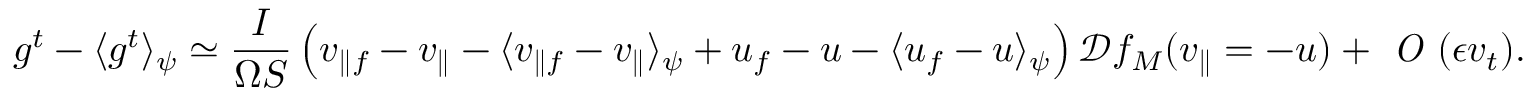
g ^ { t } - \langle g ^ { t } \rangle _ { \psi } \simeq \frac { I } { \Omega S } \left( v _ { \parallel f } - v _ { \parallel } - \langle v _ { \parallel f } - v _ { \parallel } \rangle _ { \psi } + u _ { f } - u - \langle u _ { f } - u \rangle _ { \psi } \right) \mathcal { D } f _ { M } ( v _ { \parallel } = - u ) + \textit { O } ( \epsilon v _ { t } ) .